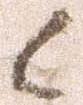
候